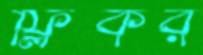
ফ্লিকর